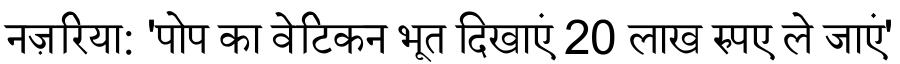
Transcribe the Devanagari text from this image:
नज़रिया: 'पोप का वेटिकन भूत दिखाएं 20 लाख रुपए ले जाएं'